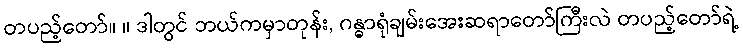
တပည့်တော်။ ။ ဒါတွင် ဘယ်ကမှာတုန်း, ဂန္ဓာရုံချမ်းအေးဆရာတော်ကြီးလဲ တပည့်တော်ရဲ့